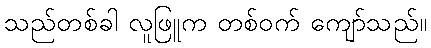
သည်တစ်ခါ လူဖြူက တစ်ဝက် ကျော်သည်။